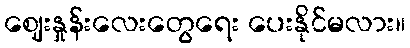
ဈေးနှုန်းလေးတွေရေး ပေးနိုင်မလား။